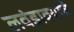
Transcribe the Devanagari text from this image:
लवंडावयाचे